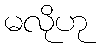
မလိုဟု